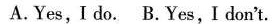
A.Yes,Ido. B.Yes,Idon't.